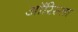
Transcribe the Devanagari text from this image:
ऑरिस्ता